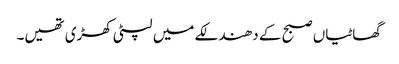
گھاٹیاں صبح کے دھندلکے میں لپٹی کھڑی تھیں۔